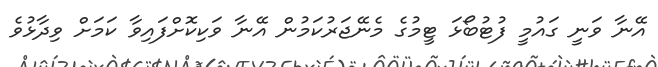
އޭނާ ވަނީ ގައުމީ ފުޓުބޯޅަ ޓީމުގެ މެނޭޖަރުކަމުން އޭނާ ވަކިކޮށްފައިވާ ކަމަށް ވިދާޅުވެ